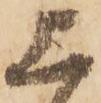
上